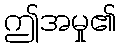
ဤအမှု၏